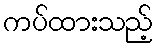
ကပ်ထားသည့်